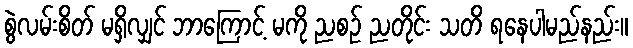
စွဲလမ်းစိတ် မရှိလျှင် ဘာကြောင့် မကို ညစဉ် ညတိုင်း သတိ ရနေပါမည်နည်း။